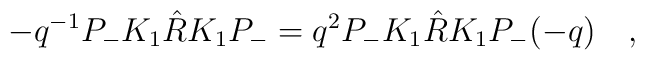
-q^{-1} P_{-} K_{1} \hat{R} K_{1} P_{-} = q^{2} P_{-} K_{1} \hat{R} K_{1}P_{-} (-q) \quad ,